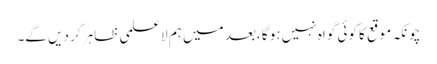
چونکہ موقع کا کوئی گواہ نہیں ہو گا ،بعد میں ہم لا علمی ظاہر کر دیں گے۔